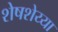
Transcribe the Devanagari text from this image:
शेषशेय्या